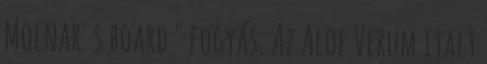
Molnar' s board " fogyás. Az Aloe Verum italt